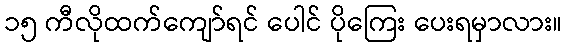
၁၅ ကီလိုထက်ကျော်ရင် ပေါင် ပိုကြေး ပေးရမှာလား။